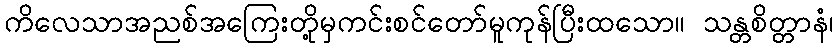
ကိလေသာအညစ်အကြေးတို့မှကင်းစင်တော်မူကုန်ပြီးထသော။ သန္တစိတ္တာနံ၊